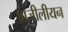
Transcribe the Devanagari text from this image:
ब्राजीलीयन